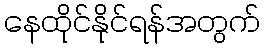
နေထိုင်နိုင်ရန်အတွက်